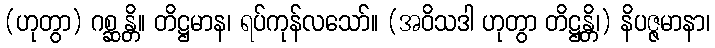
(ဟုတွာ) ဂစ္ဆန္တိ။ တိဋ္ဌမာန၊ ရပ်ကုန်လသော်။ (အဝိသဒါ ဟုတွာ တိဋ္ဌန္တိ၊) နိပဇ္ဇမာနာ၊